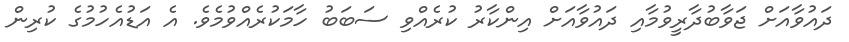
ދައުވާއަށް ޖަވާބުދާރީވުމާއި ދައުވާއަށް އިންކާރު ކުރެއްވި ސަބަބު ހާމަކުރެއްވުމެވެ. އެ އަޑުއެހުމުގެ ކުރިން